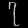
Digit: ၇